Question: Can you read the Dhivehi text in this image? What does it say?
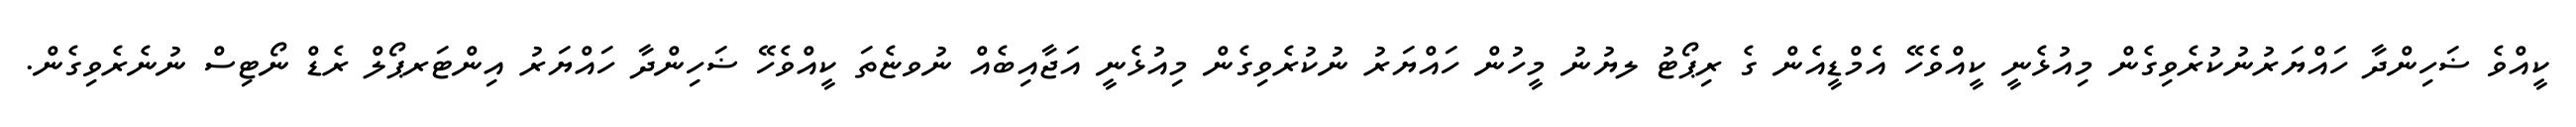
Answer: ކީއްވެ ޟަހިންދާ ހައްޔަރުނުކުރެވިގެން މިއުޅެނީ ކީއްވެހޭ އެމްޑީއެން ގެ ރިޕޯޓު ލޔުނު މީހުން ހައްޔަރު ނުކުރެވިގެން މިއުޅެނީ އަޖާއިބެއް ނުވޏެތަ ކީއްވެހޭ ޟަހިންދާ ހައްޔަރު އިންޓަރޕޯލް ރެޑް ނޯޓިސް ނުނެރެވިގެން.